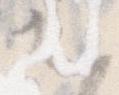
は